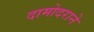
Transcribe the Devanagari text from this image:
दामोदराने